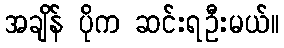
အချိန် ပိုက ဆင်းရဦးမယ်။